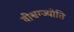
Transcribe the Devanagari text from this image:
वीश्वग्ज्योति